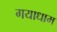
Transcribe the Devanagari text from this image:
गयाधाम